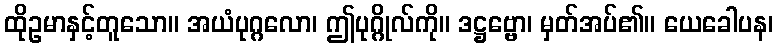
ထိုဥမာနှင့်တူသော။ အယံပုဂ္ဂလော၊ ဤပုဂ္ဂိုလ်ကို။ ဒဋ္ဌဗ္ဗော၊ မှတ်အပ်၏။ ယေခေါပန၊